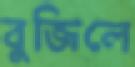
বুজিলে